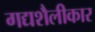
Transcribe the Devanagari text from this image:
गद्यशैलीकार